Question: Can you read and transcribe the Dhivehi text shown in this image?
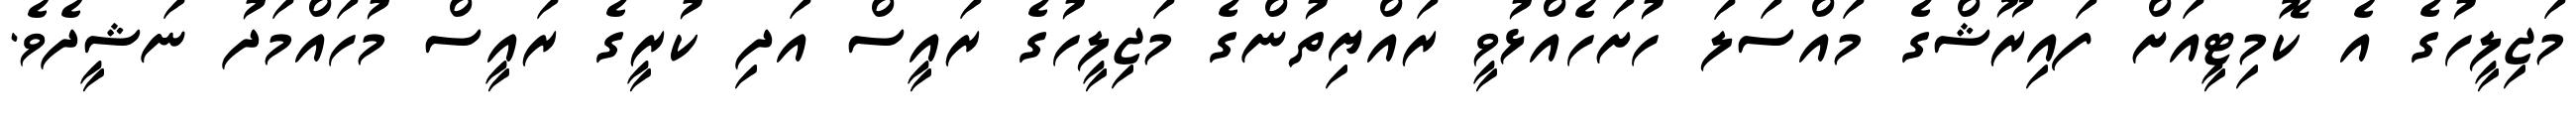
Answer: މަޖިލީހުގެ އެ ކޮމިޓީއަށް ފައިރޫޝްގެ މައްސަލަ ހުށަހެއްޅުވީ ރައްޔިތުންގެ މަޖިލީހުގެ ރައީސް އަދި ކުރީގެ ރައީސް މުހައްމަދު ނަޝީދެވެ.